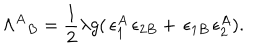
{ \Lambda ^ { A } } _ { B } = \frac { 1 } { 2 } \lambda g ( \, \epsilon _ { 1 } ^ { A } \, \epsilon _ { 2 B } + \, \epsilon _ { 1 B } \, \epsilon _ { 2 } ^ { A } ) .